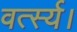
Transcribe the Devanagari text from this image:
वर्त्स्य।